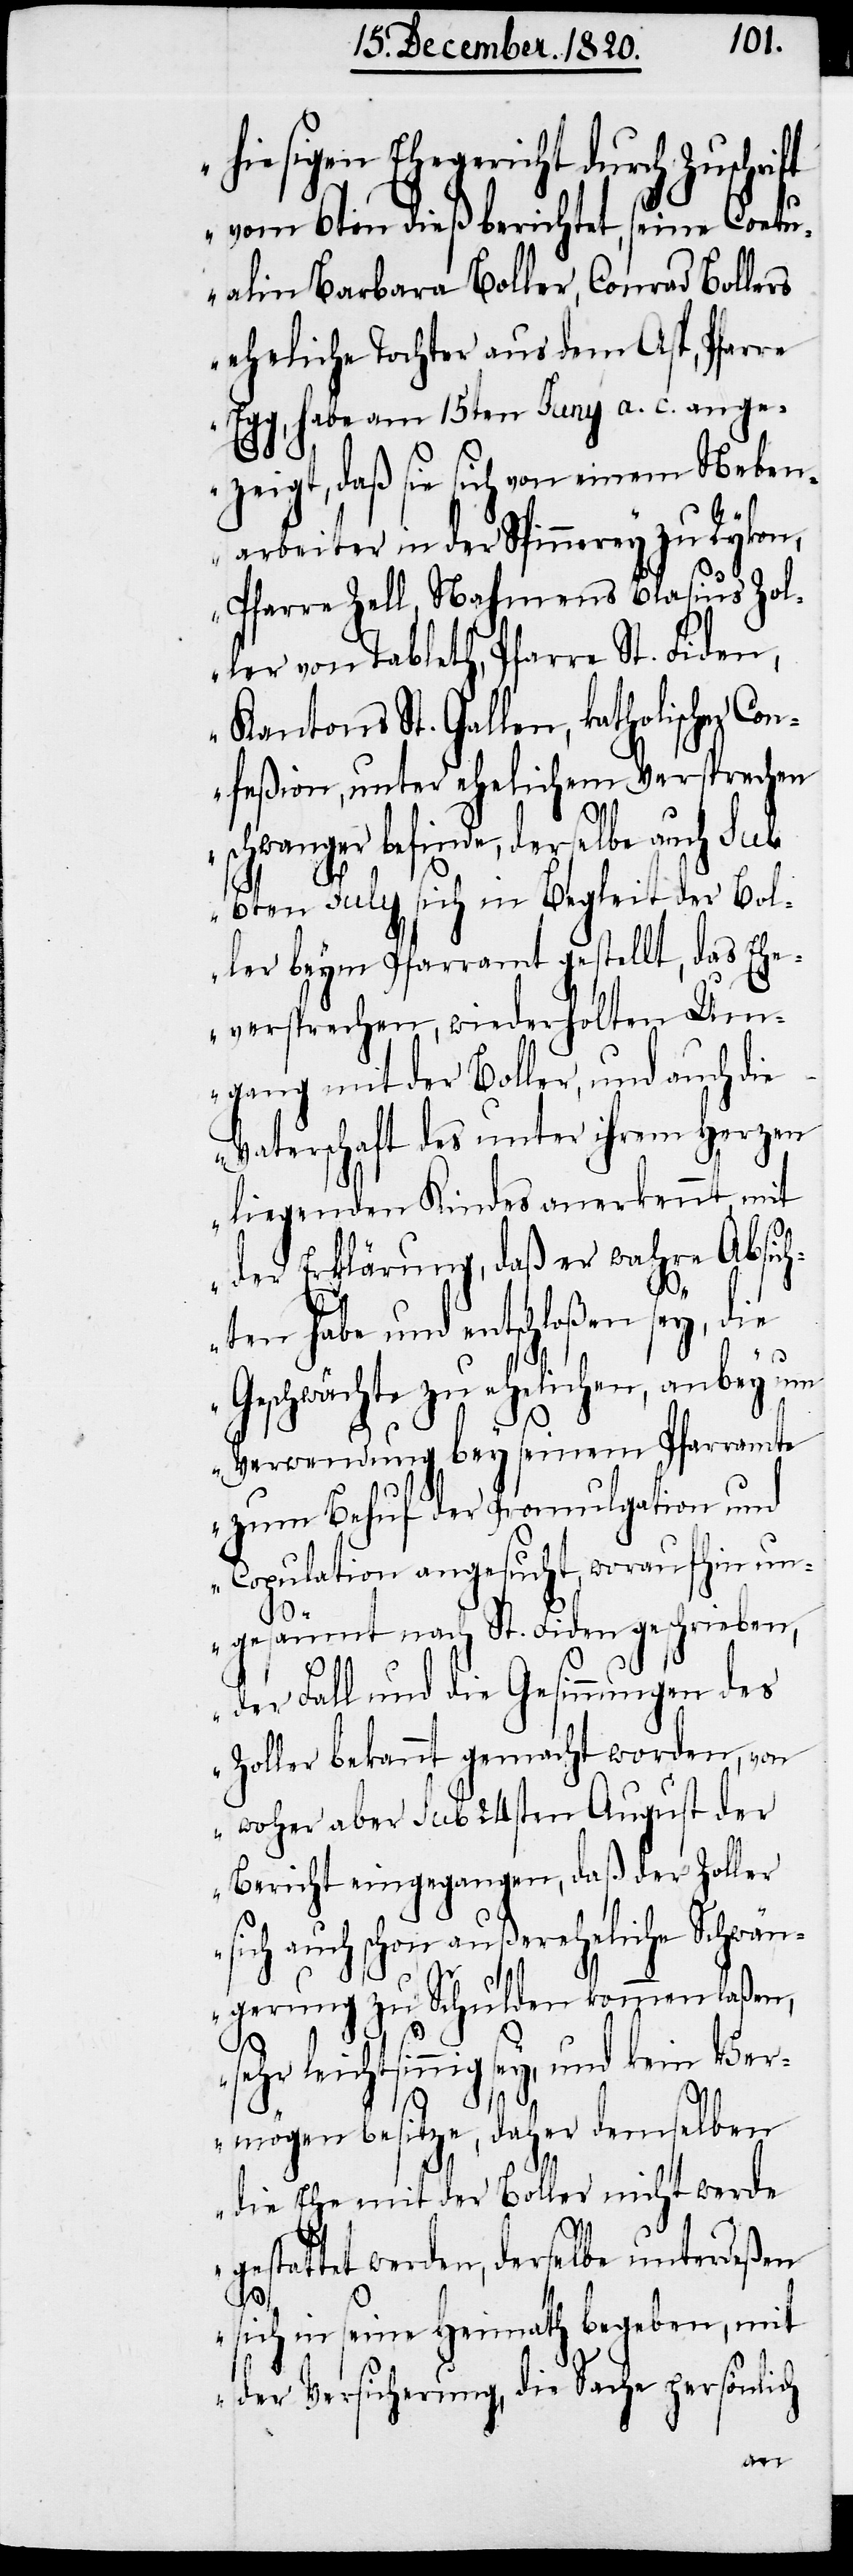
hiesigen Ehegericht durch Zuschri¬
vom 6ten dieß berichtet, seine Coetu¬
alin Barbara Boller, Conrad Bollers
eheliche Tochter aus dem Ast, Pfarre
habe am 15ten Juny a. c. ange¬
s¬
zeigt, daß sie sich von einem Neben¬
arbeiter in der Spinnerey zu Rykon,
Pfarre Zell, Nahmens Blasius Zol¬
ler von Tableth, Pfarre St. Fiden,
Kantons St. Gallen, katholischer Co¬
nfeßion, unter ehelichem Versprechen
schwanger befinde, derselbe auch sub
6ten July sich in Begleit der Bol¬
ler beym Pfarramt gestellt, das Ehe¬
versprechen, wiederholten Um¬
gang mit der Boller, und auch die
Vaterschaft des unter ihrem Herzen
liegenden Kindes anerkennt, mit
der Erklärung, daß er wahre Absich¬
ten habe und entschloßen sey, die
Geschwächte zu ehelichen, anbey um
Verwendung bey seinem Pfarramte
zum Behuf der Promulgation und
Copulation angesucht, woraufhin un¬
gesäumt nach St. Fiden geschrieben,
der Fall und die Gesinnungen des
Zoller bekannt gemacht worden, von
woher aber sub 24sten August der
Bericht eingegangen, daß der Zoller
ich auch schon außereheliche Schwän¬
gerung zu Schulden kommen laßen,
sehr leichtsinnig sey, und kein Ver¬
mögen besitze, daher demselben
die Ehe mit der Boller nicht werde
gestattet werden, derselbe unterdeßen
sich in seine Heimath begeben, mit
der Versicherung, die Sache persönlich